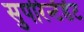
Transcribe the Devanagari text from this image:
सुपरिंन्टेंडेंट